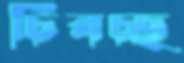
চিবচ্ছ